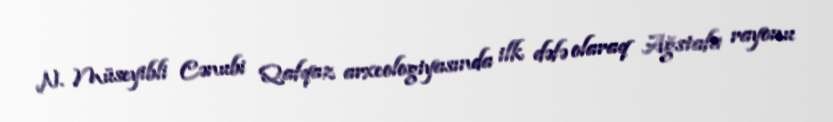
N. Müseyibli Cənubi Qafqaz arxeologiyasında ilk dəfə olaraq Ağstafa rayonu